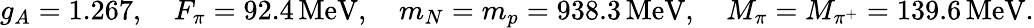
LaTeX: g_{A}=1.267,\quad F_{\pi}=92.4\, \mathrm{MeV},\quad m_{N}=m_{p}=938.3\, \mathrm{MeV},\quad M_{\pi}=M_{\pi^{+}}=139.6\, \mathrm{MeV}.